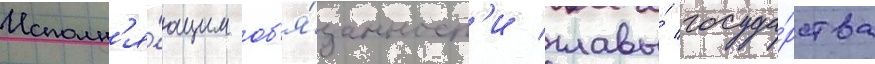
Исполн'я́ющим об'я́занност'и главы́ госуда́рства